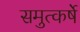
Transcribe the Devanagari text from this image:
समुत्कर्षे